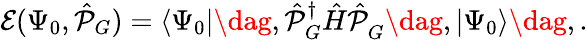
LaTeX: \mathcal{E}(\Psi_{0},\hat{\mathcal{P}}_{G})=\langle\Psi_{0}|\dag,\hat{\mathcal{P}}_{G}^{\dagger}\hat{H}\hat{\mathcal{P}}_{G}^{\phantom{\dagger}}\dag,|\Psi_{0}\rangle\dag,.